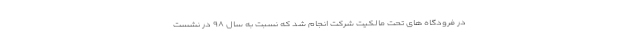
در فرودگاه های تحت مالکیت شرکت انجام شد که نسبت به سال ۹۸ در نشست